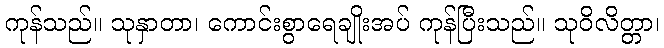
ကုန်သည်။ သုနှာတာ၊ ကောင်းစွာရေချိုးအပ် ကုန်ပြီးသည်။ သုဝိလိတ္တာ၊